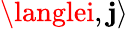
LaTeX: \langlei,\mathbf{j}\rangle